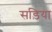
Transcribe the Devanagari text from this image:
सड़िया